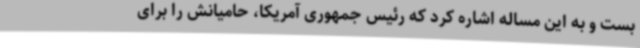
بست و به این مساله اشاره کرد که رئیس جمهوری آمریکا، حامیانش را برای